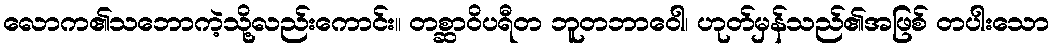
လောက၏သဘောကဲ့သို့လည်းကောင်း။ တစ္ဆာဝိပရီတ ဘူတဘာဝေါ၊ ဟုတ်မှန်သည်၏အဖြစ် တပါးသော